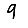
Digit: 9